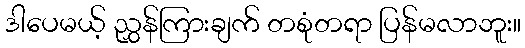
ဒါပေမယ့် ညွှန်ကြားချက် တစုံတရာ ပြန်မလာဘူး။